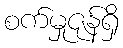
စက်မှုဇုန်ရှိ